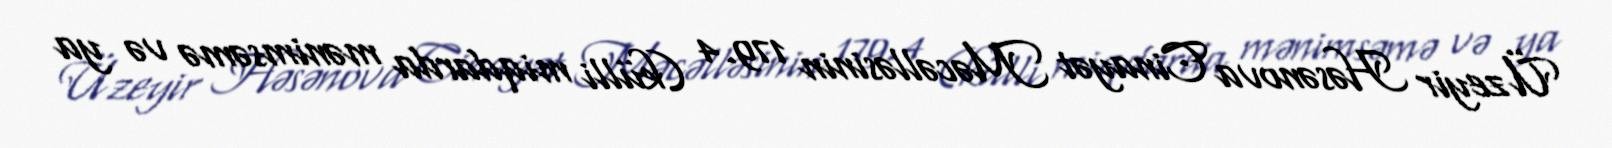
Üzeyir Həsənova Cinayət Məcəlləsinin 179.4 (külli miqdarda mənimsəmə və ya